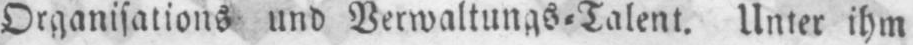
Organisations und Verwaltungs⸗Talent. Unter ihm